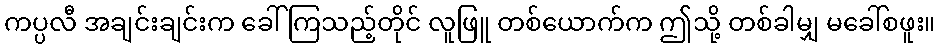
ကပ္ပလီ အချင်းချင်းက ခေါ်ကြသည့်တိုင် လူဖြူ တစ်ယောက်က ဤသို့ တစ်ခါမျှ မခေါ်စဖူး။